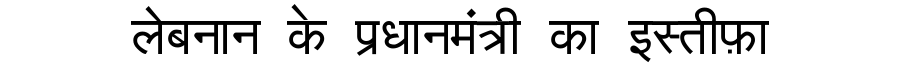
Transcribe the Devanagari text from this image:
लेबनान के प्रधानमंत्री का इस्तीफ़ा